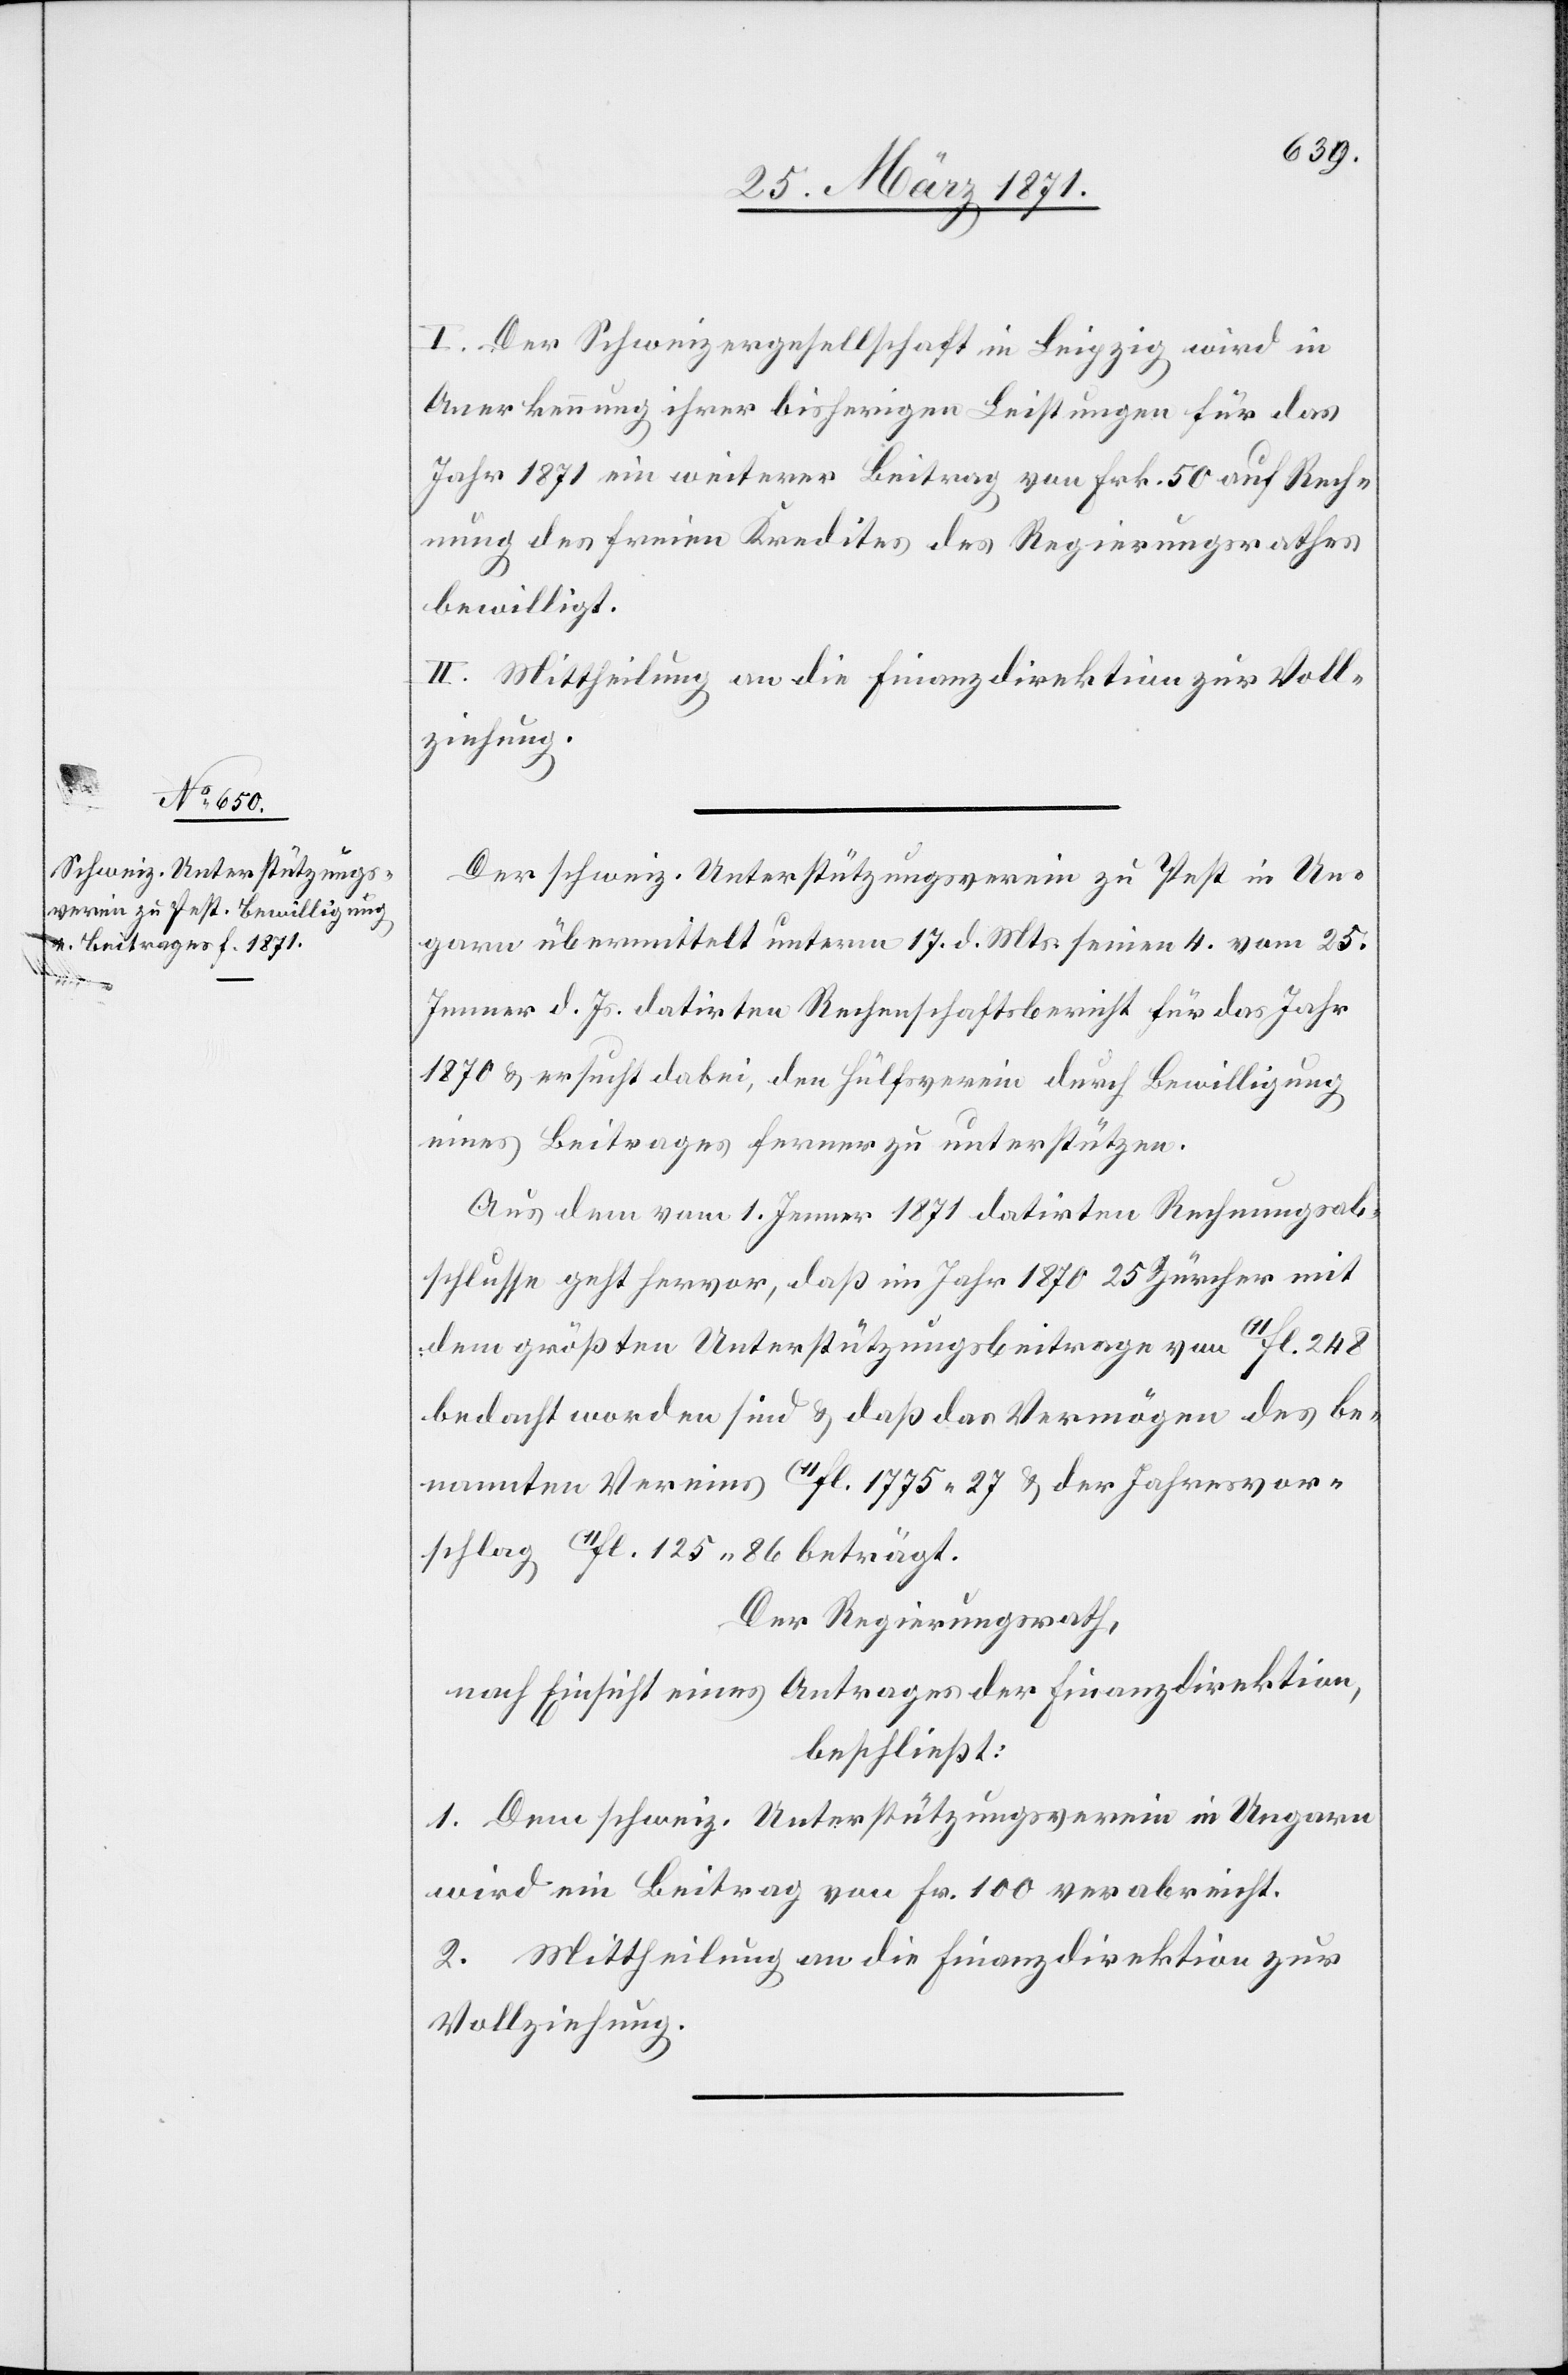
Vere¬

I. Der Schweizergesellschaft in Leipzig wird in
Anerkennung ihrer bisherigen Leistungen für das
Jahr 1871 ein weiterer Beitrag von Frk. 50 auf Rech¬
nung des freien Kredites des Regierungsrathes
bewilligt.
II. Mittheilung an die Finanzdirektion zur Voll¬
ziehung.
Der schweiz. Unterstützungsverein zu Pest in Un¬
garn übermittelt unterm 17. d. Mts. seinen 4. vom 25.
Jenner d. Js. datirten Rechenschaftsbericht für das Jahr
1870 u. ersucht dabei, den Hülfsverein durch Bewilligung
eines Beitrages ferner zu unterstützen.
Aus dem vom 1. Jenner 1871 datierten Rechnungsab¬
schlusse geht hervor, daß im Jahr 1870 25 Zürcher mit
dem größten Unterstützungsbeitrage von 11fl. 248
bedacht worden sind u. daß das Vermögen des be¬
ins 11fl. 125.86 beträgt.
Der Regierungsrath,
nach Einsicht eines Antrages der Finanzdirektion,
beschließt:
1. Dem schweiz. Unterstützungsverein in Ungarn
wird ein Beitrag von Fr. 100 verabreicht.
2. Mittheilung an die Finanzdirektion zur
Vollziehung.
nannten